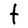
Character: T